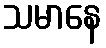
သမာနေ